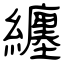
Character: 纏